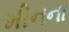
મીનના